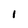
Character: l